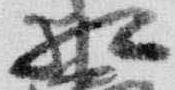
相